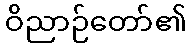
ဝိညာဉ်တော်၏